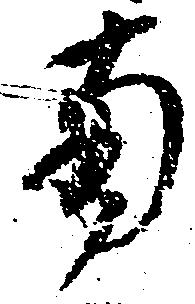
南